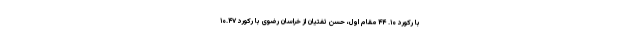
با رکورد ۱۰. ۴۴ مقام اول، حسن تفتیان از خراسان رضوی با رکورد ۱۰.۴۷